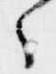
々